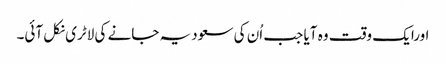
اورایک وقت وہ آیا جب اُن کی سعودیہ جانے کی لاٹری نکل آئی۔